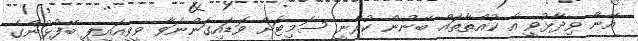
އޭނާ ވިދާޅުވީ އެ ކުއްތާތައް ބޭނުން ކުރާނީ ސަމިޓަށް ވަޑައިގަންނަވާ ވީވިއައިޕީ ބޭފުޅުންގެ